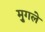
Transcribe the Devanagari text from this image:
मु्गले